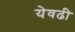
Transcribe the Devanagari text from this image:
येवढी